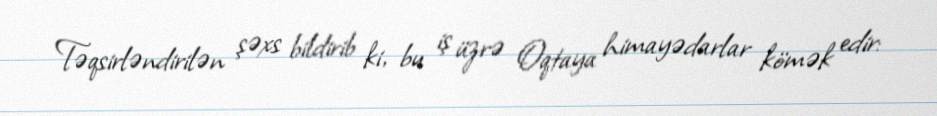
Təqsirləndirilən şəxs bildirib ki, bu iş üzrə Oqtaya himayədarlar kömək edir: